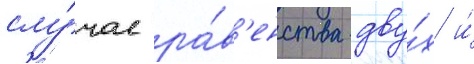
слу́чае ра́в'енства дву́х и́